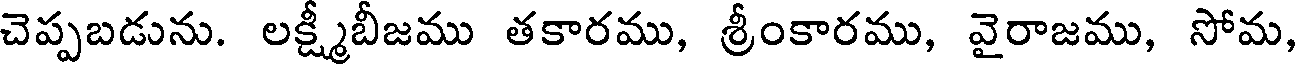
చెప్పబడును. లక్ష్మీబీజము తకారము, శ్రీంకారము, వైరాజము, సోమ,